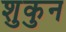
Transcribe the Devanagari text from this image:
शुकुन